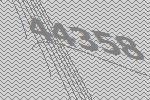
44358